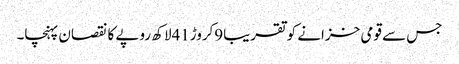
جس سے قومی خزانے کو تقریبا9کروڑ41لاکھ روپے کا نقصان پہنچا۔